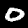
Digit: 0